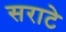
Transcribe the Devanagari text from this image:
सराटे